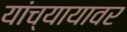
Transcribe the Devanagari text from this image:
यांच्यायावर